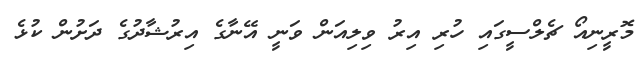
މޮރީނިއޯ ޗެލްސީގައި ހުރި އިރު ވިލިއަން ވަނީ އޭނާގެ އިރުޝާދުގެ ދަށުން ކުޅެ